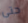
حتى